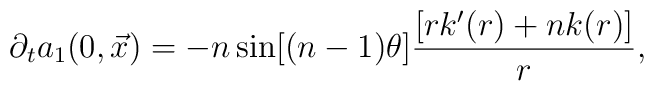
\partial_{t} a_{1}(0,\vec{x}) = -n \sin[(n-1)\theta]\frac{[rk'(r) + nk(r)]}{r},